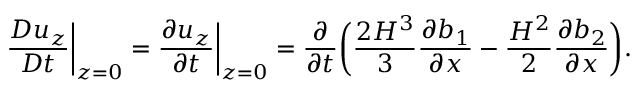
\frac { D u _ { z } } { D t } \bigg \vert _ { z = 0 } = \frac { \partial u _ { z } } { \partial t } \bigg \vert _ { z = 0 } = \frac { \partial } { \partial t } \bigg ( \frac { 2 H ^ { 3 } } { 3 } \frac { \partial b _ { 1 } } { \partial x } - \frac { H ^ { 2 } } { 2 } \frac { \partial b _ { 2 } } { \partial x } \bigg ) .